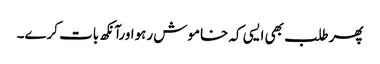
پھرطلب بھی ایسی کہ خاموش رہواورآنکھ بات کرے۔